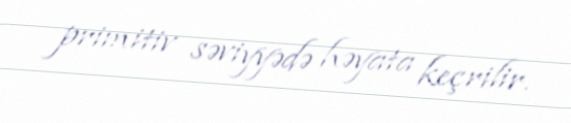
primitiv səviyyədə həyata keçrilir.